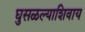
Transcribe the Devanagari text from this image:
घुसळल्याशिवाय